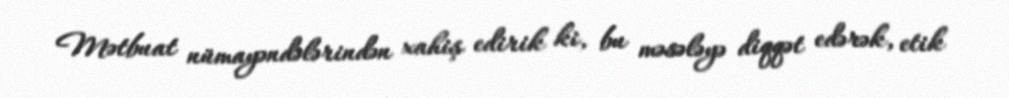
Mətbuat nümayəndələrindən xahiş edirik ki, bu məsələyə diqqət edərək, etik